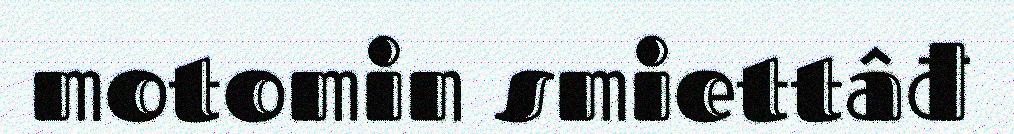
motomin smiettâđ